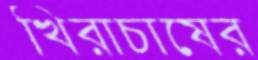
খিরাচাষের